Rangoon Lunatic Asylum 1878-1892 - 1878-1892
Year: 1878
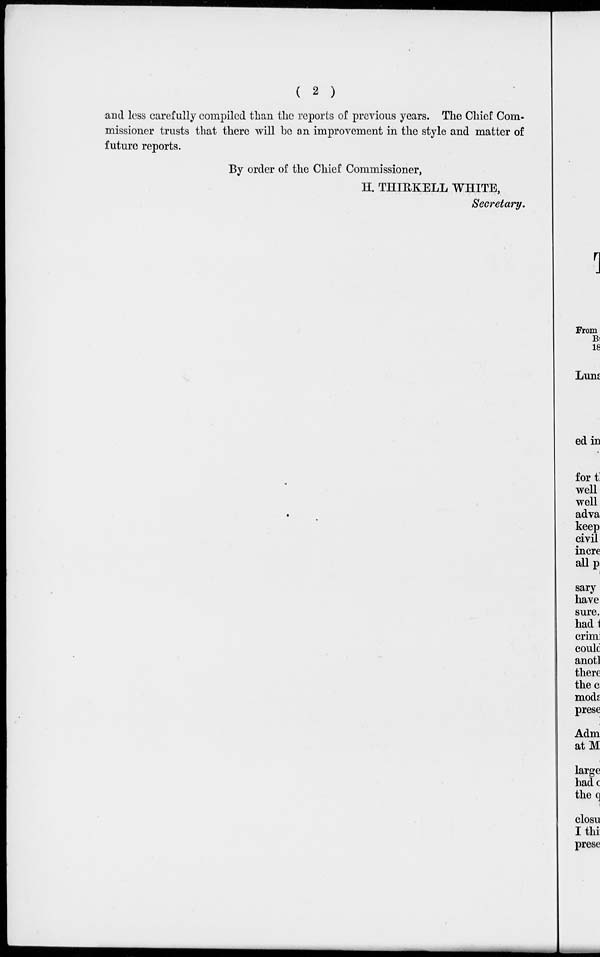
( 2 )
and less carefully compiled than the reports of previous years. The Chief Com-
missioner trusts that there will be an improvement in the style and matter of
future reports.
By order of the Chief Commissioner,
H. THIRKELL WHITE,
Secretary.